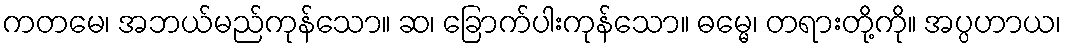
ကတမေ၊ အဘယ်မည်ကုန်သော။ ဆ၊ ခြောက်ပါးကုန်သော။ ဓမ္မေ၊ တရားတို့ကို။ အပ္ပဟာယ၊